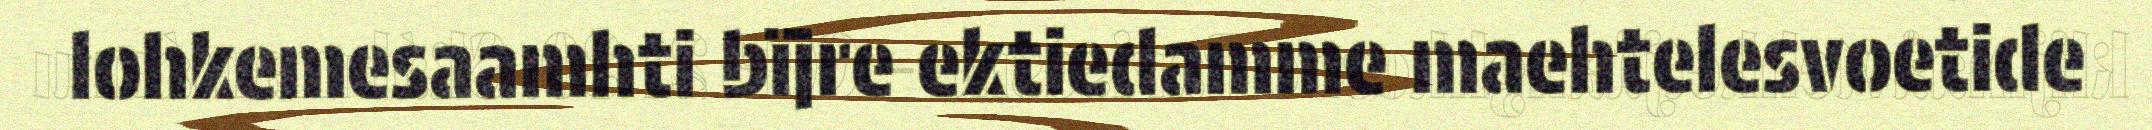
lohkemesaamhti bïjre ektiedamme maehtelesvoetide